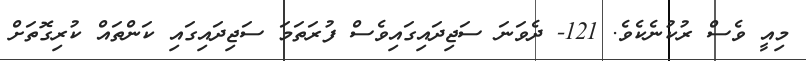
މިއީ ވެސް ރުކުނެކެވެ. 121- ދެވަނަ ސަޖިދައިގައިވެސް ފުރަތަމަ ސަޖިދައިގައި ކަންތައް ކުރިގޮތަށް